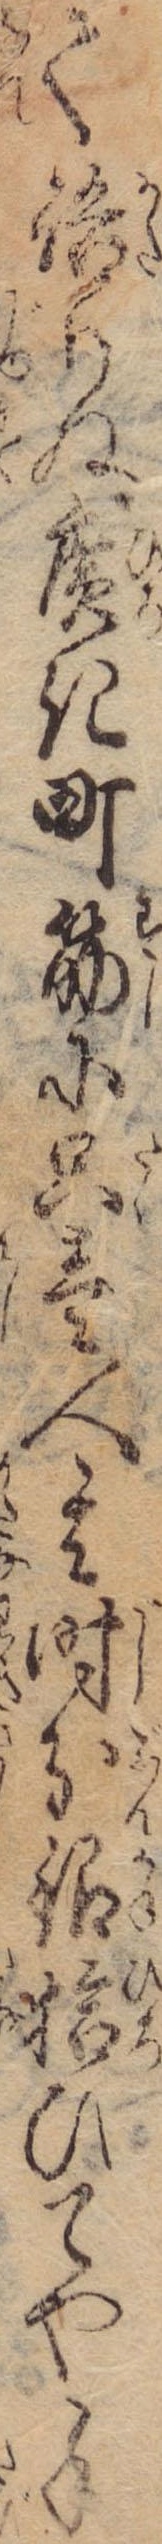
て語りぬ広き町筋に只壱人其時分銀拾ひてや手